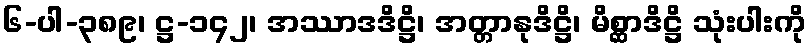
၆-ပါ-၃၈၉၊ ဋ္ဌ-၁၄၂၊ အဿာဒဒိဋ္ဌိ၊ အတ္တာနုဒိဋ္ဌိ၊ မိစ္ဆာဒိဋ္ဌိ သုံးပါးကို